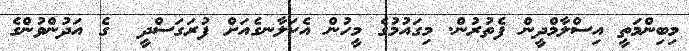
މިބިންމަތީ އިސްލާމްދީން ފެތުރުން. މިގައުމުގެ މީހުން އެކަލާނގެއަށް ފުރަގަސްދީ  ގެ އަދުންވުންގެ